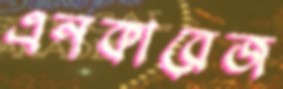
এনকারেজ